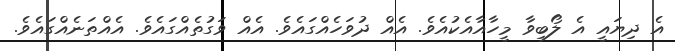
އެ ދިޔައީ އެ ލޯބިވާ މީހާއާއެކުއެވެ. އެއް ދުވަހެއްގައެވެ. އެއް ވަގުތެއްގައެވެ. އެއްތަނެއްގައެވެ.